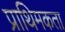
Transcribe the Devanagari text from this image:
प्राथिमकता